Leaving Certificate Examination, 1907
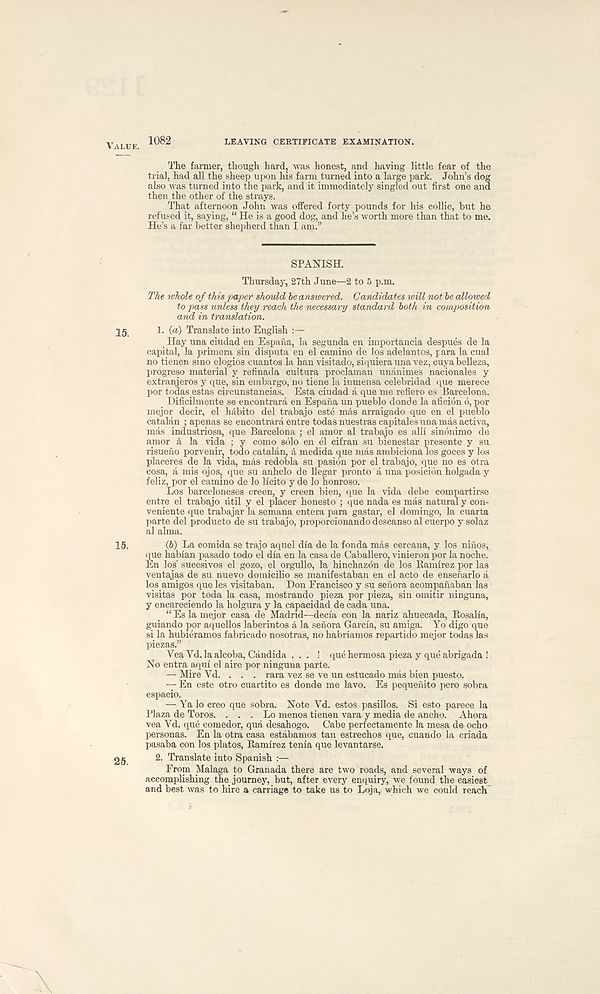
Value. 1082
LEAVING CERTIFICATE EXAMINATION.
The farmer, though hard, was honest, and having little fear of the
trial, had all the sheep upon his farm turned into a large park. John’s dog
also was turned into the park, and it immediately singled out first one and
then the other of the strays.
That afternoon John was offered forty pounds for his collie, but he
refused it, saying, “ He is a good dog, and he’s worth more than that to me.
He’s a far better shepherd than I am.”
SPANISH.
Thursday, 27th June—2 to 5 p.m.
The whole of this paper should he answered. Candidates will not he allowed
to pass unless they reach the necessary standard both in composition
and in translation.
jg
1. {a) Translate into English :—
Hay una ciudad en Espana, la segunda en importancia despuds de la
capital, la primera sin disputa en el camino de los adelantos, para la cual
no tienen smo elogios cuantos la han visitado, siquiera una vez, cuyabelleza,
progreso material y refinada cultura proclaman unanimes nacionales y
extranjeros y que, sin embargo, no tiene la inmensa celebridad que merece
por todas estas circunstancias. Esta ciudad a que me refiero es Barcelona.
Dificilmente se encontrara en Espana un pueblo donde la aficion 6, por
mejor decir, el habito del trabajo este mds arraigado que en el pueblo
Catalan ; apenas se encontrara entre todas nuestras capitales una mas activa,
mas industriosa, que Barcelona ; el amor al trabajo es alii sindnimo de
amor A la vida ; y como solo en el cifran su bienestar presente y su
risueno porvenir, todo Catalan, A medida que mas ambiciona los goces y los
placeres de la vida, mds redobla su pasidn por el trabajo, que no es otra
cosa, a mis ojos, que su anhelo de llegar pronto a una posicidn holgada y
feliz, por el camino de lo Ifcito y de lo honroso.
Los barceloneses creen, y creen bien, que la vida debe compartirse
entre el trabajo util y el placer honesto ; que nada es mas natural y con-
veniente que trabajar la semana entera para gastar, el domingo, la cuarta
parte del product© de su trabajo, proporcionando descanso al cuerpo y solaz
al alma.
15.
{h) La comida se trajo aquel dia de la fonda m&s cercana, y los ninos,
que habian pasado todo el dia en la casa de Caballero, vinieron por la noche.
En los' sucesivos el gozo, el orgullo, la hinchazon de los Bamirez por las
ventajas de su nuevo domicilio se manifestaban en el acto de ensenarlo a
los amigos que les visitaban. Don Francisco y su senora acompanaban las
visitas por toda la casa, mostrando pieza por pieza, sin omitir ninguna,
y encareciendo la holgura y la capacidad de cada una.
“ Es la mejor casa de Madrid—decia con la nariz ahuecada, Rosalia,
guiando por aquellos laberintos 4 la senora Garcia, su amiga. Yo digo que
si la hubieramos fabricado nosotras, no habriamos repartido mejor todas las
piezas.”
Vea Yd. la alcoba, Candida . . . ! que hermosa pieza y que abrigada !
No entra aqui el aire por ninguna parte.
— Mire Yd. . . . rara vez se ve un estucado mas bien puesto.
— En este otro cuartito es donde me lavo. Es pequenito pero sobra
espacio.
— Ya lo creo que sobra. Note Yd. estos pasillos. Si esto parece la
Plaza de Toros. . . . Lo menos tienen vara y media de ancho. Ahora
vea Yd. que comedor, qua desahogo. Cabe perfectamente la mesa de echo
personas. En la otra casa estabamos tan estrechos que, cuando la criada
pasaba con los platos, Ramirez tenia que levantarse.
25 2. Translate into Spanish :—
From Malaga to Granada there are two roads, and several ways of
accomplishing the journey, but, after every enquiry, we found the easiest
and best was to hire a carriage to take us to Loja, which we could reach